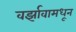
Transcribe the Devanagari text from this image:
वर्झावामधून